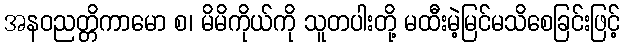
အနဝညတ္တိကာမော စ၊ မိမိကိုယ်ကို သူတပါးတို့ မထီးမဲ့မြင်မသိစေခြင်းဖြင့်